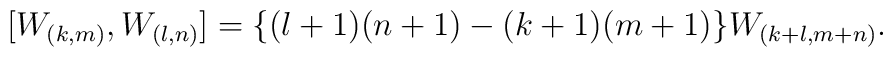
[W_{(k,m)}, W_{(l,n)}] = \{(l+1) (n+1) - (k+1) (m+1) \} W_{(k+l, m+n)}.